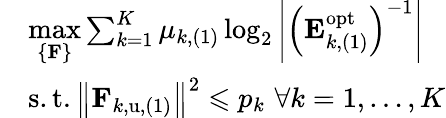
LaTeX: \begin{array}{rl}&{\underset{\left\{ \mathbf{F}\right\} }{\operatorname*{max}}\sum_{k=1}^{K}{\mu_{k,(1)}\log_{2}\left|\left(\mathbf{E}_{k,(1)}^{\mathrm{opt}}\right)^{-1}\right|}}\\ &{\mathrm{s}.\mathrm{t}.\left\| \mathbf{F}_{k,\mathrm{u},(1)}\right\| ^{2}\leqslant p_{k}\, \, \forall k=1,\dots,K}\end{array}